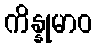
ကိန္နုမာဝ